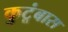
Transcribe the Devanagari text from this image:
कुटूंबास